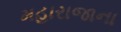
મહારાજાના